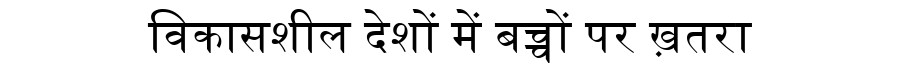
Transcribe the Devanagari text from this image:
विकासशील देशों में बच्चों पर ख़तरा